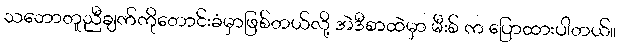
သဘောတူညီချက်ကိုတောင်းခံမှာဖြစ်တယ်လို့ အဲဒီစာထဲမှာ မီးစ် က ပြောထားပါတယ်။